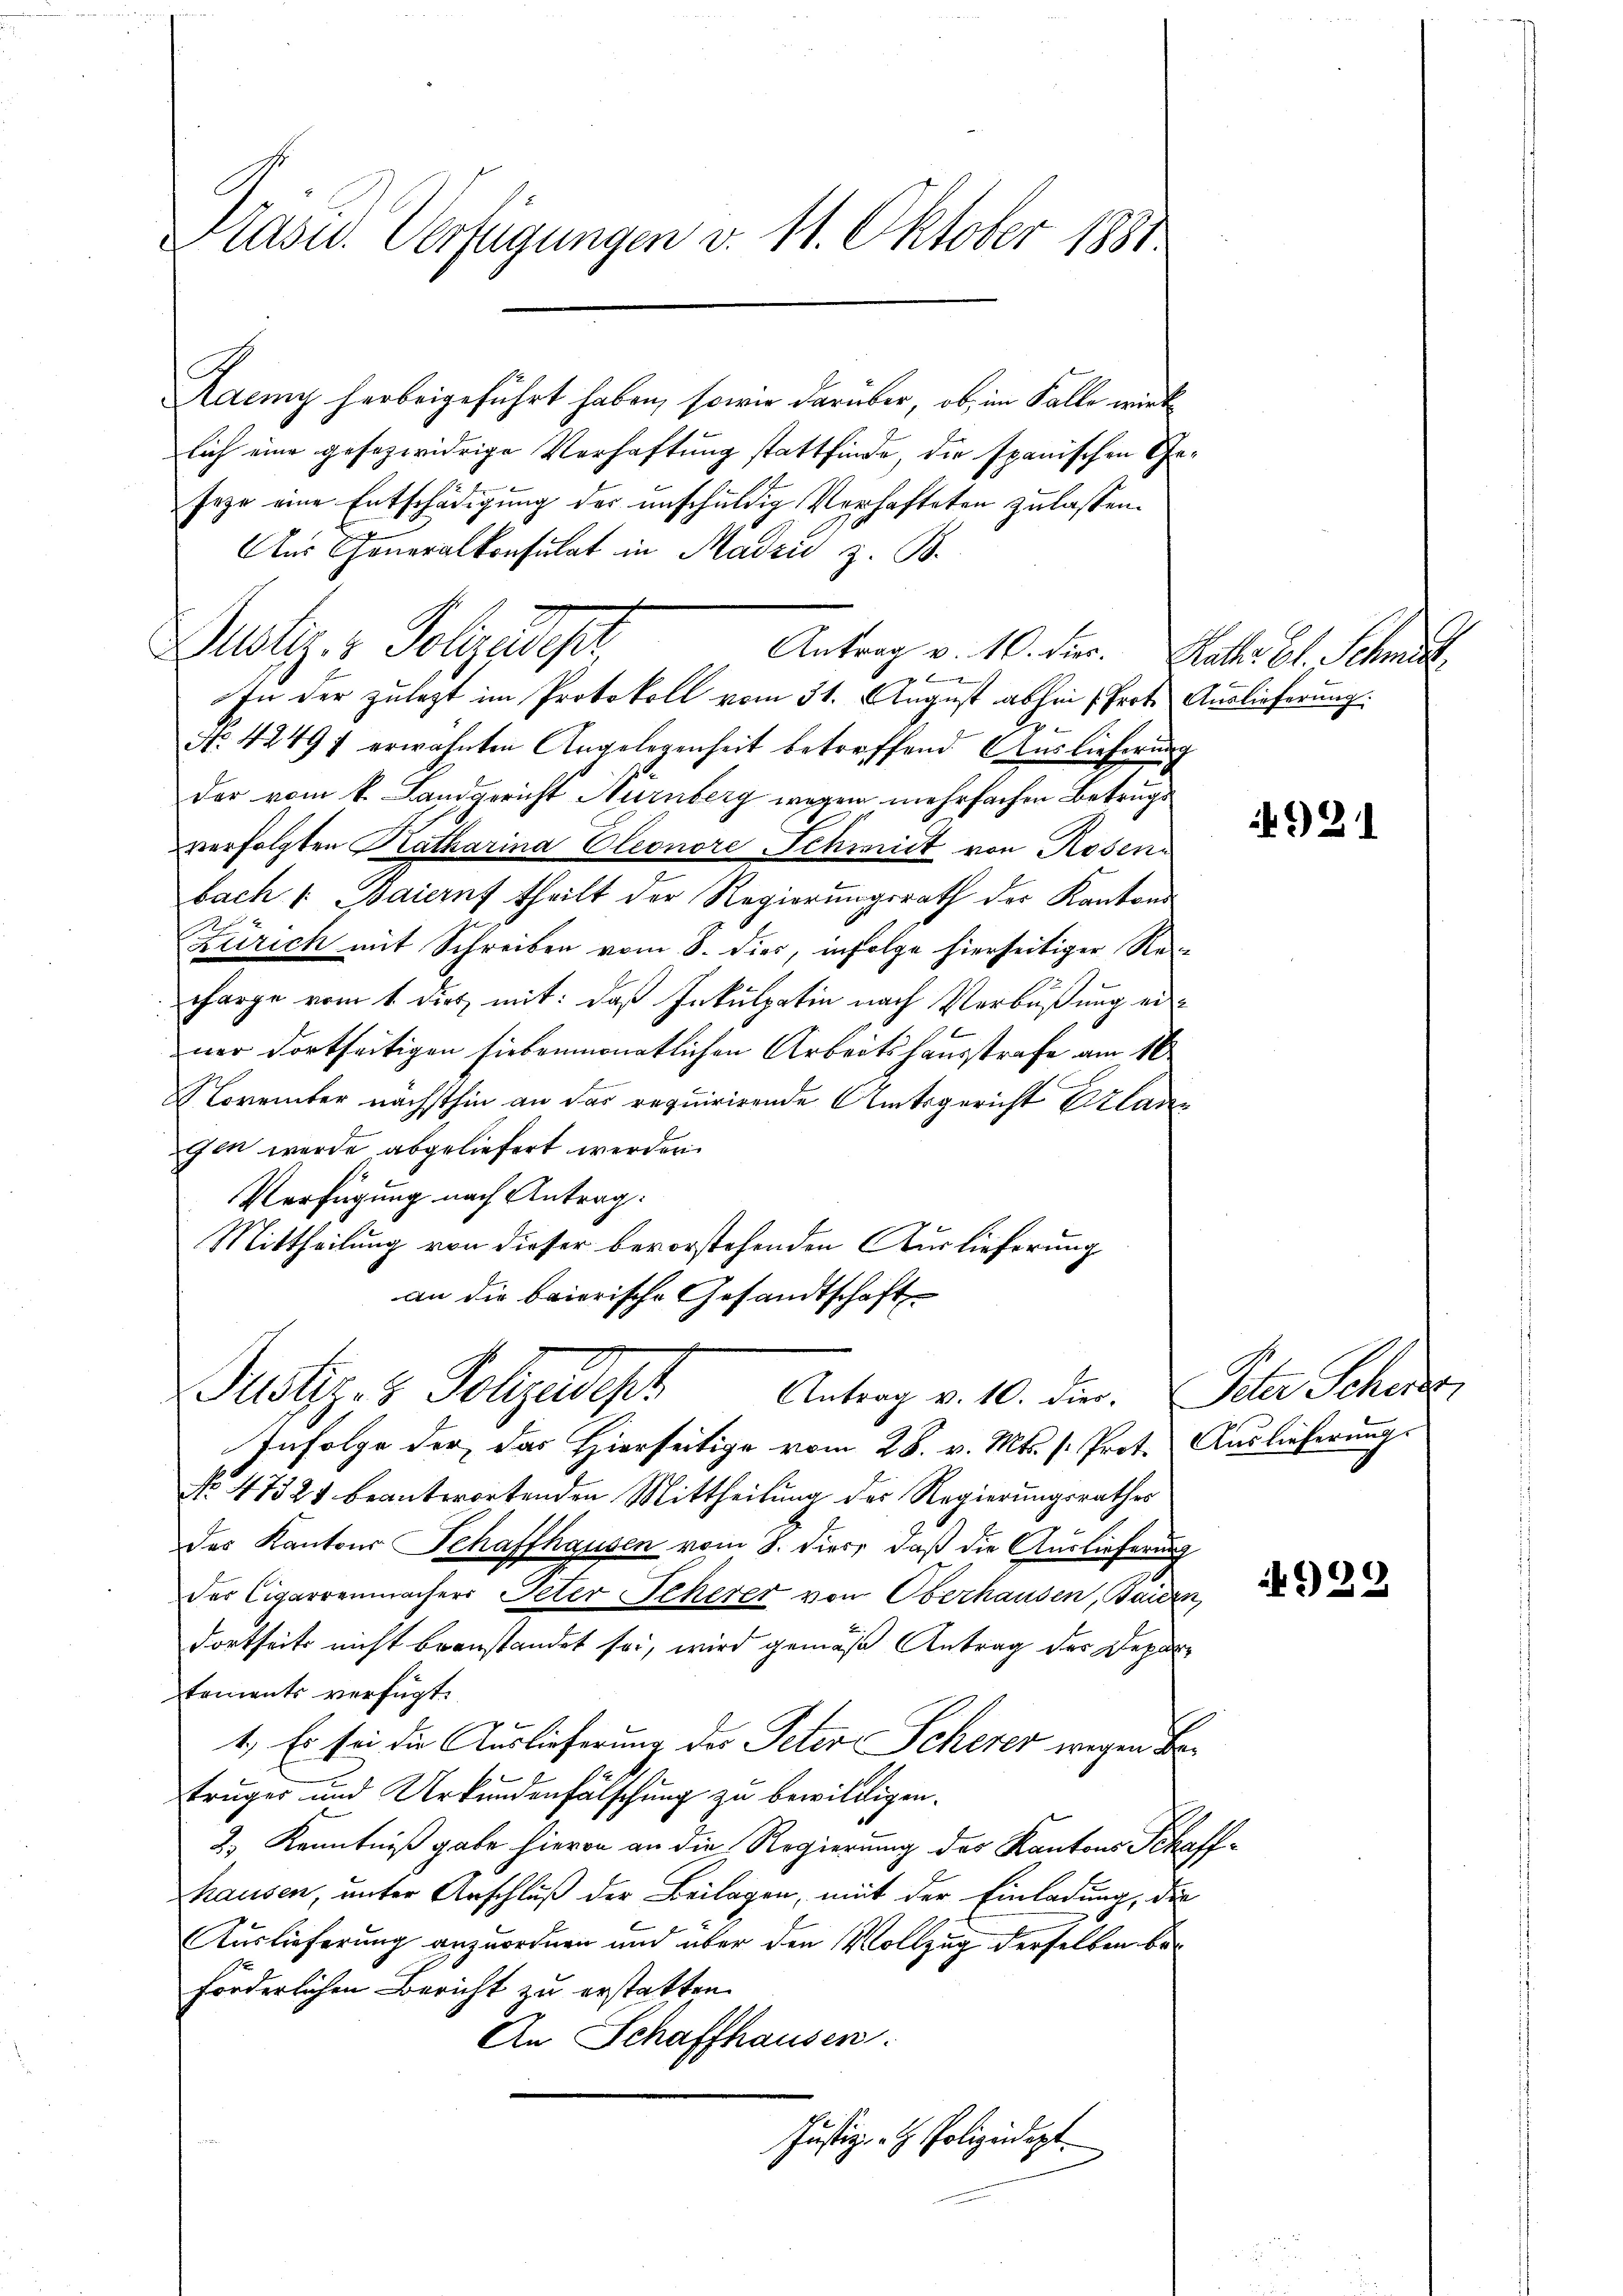
Präsid. Verfügungen v. 11. Oktober 1881

Raenny herbeigeführt haben, sowie darüber, ob im Falle wird
lich eine gesezwidrige Verhaftung stattfinde, die spanischen Geseze eine Entschädigung der anschuldig Verhafteten zu lassen.
Aus Generalkonsulat in Madzić z. B.
Justiz- & Polizeidiget,

In der zulegt im Protokoll vom 31. August abhin (Prot. Auslieferung.

No 4249 f erwähnten Angelegenheit betreffend. Auslieferung
der vom k. Landgericht Nürnberg wegen mehrfachen Betrugs
verfolgten Katharina Cleonore Schmidt von Rosen
bach /: Baiernf theilt der Regierungsrath der Kantons¬
Zürich mit Schreiben vom 8. dies, infolge hierseitiger Recharge vom 1 dies mit: daß Inkulpatin nach Verbüßung einer dortseitigen siebenmonatlichen Arbeitshausstrafe am 16.
November nächsthin an das requirirende Amtsgericht Erlangen werde abgeliefert werden.
Verfügung nach Antrag:
Mittheilung von dieser bevorstehenden Auslieferung
an die baierische Gesandtschaft
Justiz- & Polizeipr
Antrag v. 10. die. Peter Schens
Infolge der das Hierseitige vom 28. v. Mts. s. Prot. Auslieferung
No. 47324 beantwortenden Mittheilung des Regierungsrathes
des Kantons Schaffhausen vom 8. Diert, daß die Auslieferung
der Cigarrenmachers Peter Scherer von Oberhausen, Bauen
dortseits nicht beanstandet sei, wird gemäß Antrag der Deparstements verfügt:
1.) Es sei die Auslieferung des Peter Scherer wegen Betrüger und Urkundenfälschung zu bewilligen.
2.) Kenntniß gabe hievon an die Regierung der Kantons Schaffhausen, unter Anschluß der Beilagen, mit der Einladung, die
Auslieferung anzuordnen und über den Vollzug derselben beforderlichen Bericht zu erstatten.
An Schaffhausen.
Justiz- u. Polizeidigt.

Antrag v. 10. Dier. Rath El. Schmit

921

929